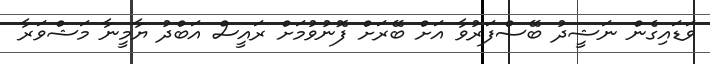
ވަޑައިގެން ނަޝީދު ބޭސްފަރުވާ އަށް ބޭރަށް ފޮނުވުމަށް ރައީސް އަބްދު ޔާމީނާ މަޝްވަރާ